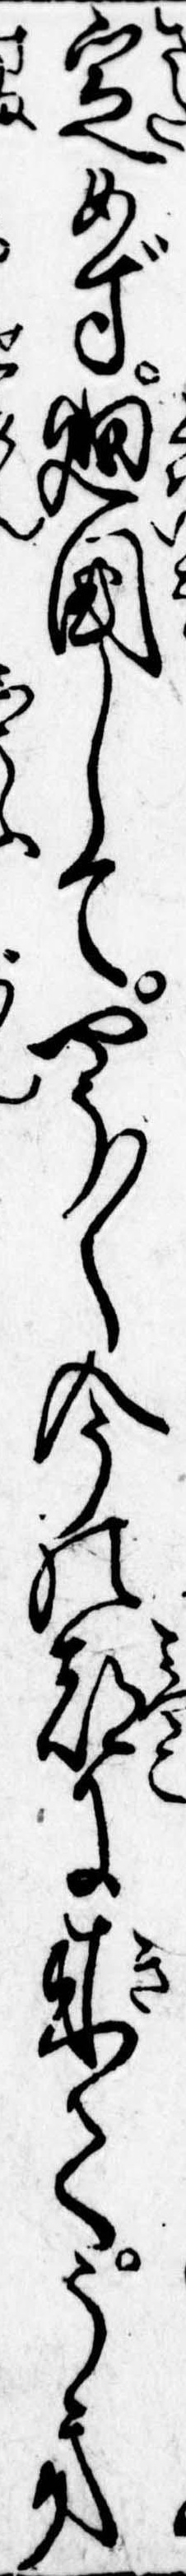
定めず廻国してやう〱今の都に来てうき